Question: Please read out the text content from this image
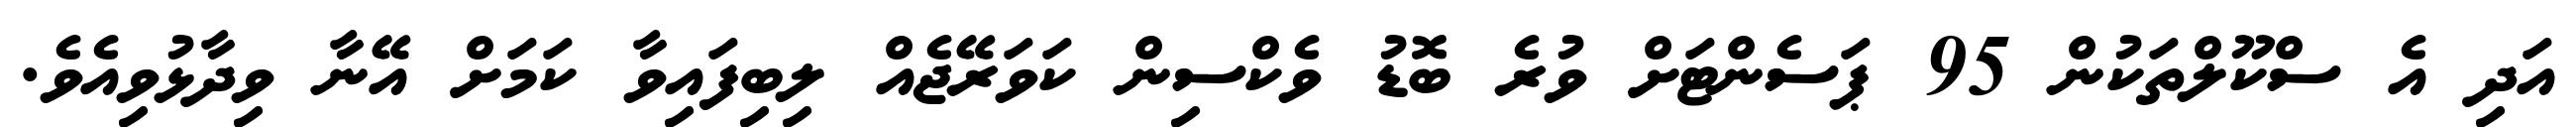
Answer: އަދި އެ ސްކޫލްތަކުން 95 ޕަސެންޓަށް ވުރެ ބޮޑު ވެކްސިން ކަވަރޭޖެއް ލިބިފައިވާ ކަމަށް އޭނާ ވިދާޅުވިއެވެ.